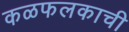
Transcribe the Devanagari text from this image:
कळफलकाची